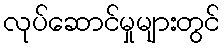
လုပ်ဆောင်မှုများတွင်